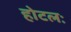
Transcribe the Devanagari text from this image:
होटलः